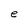
Character: e